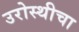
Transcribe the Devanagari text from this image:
उरोस्थीचा